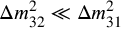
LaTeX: \Delta { m } _ { 3 2 } ^ { 2 } \ll \Delta { m } _ { 3 1 } ^ { 2 }